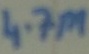
Text: 4.7M